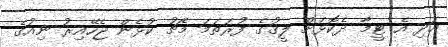
އަދި އެ ޓީމާ ދެކޮޅަށް ލީގުގެ ފުރަތަމަ މެޗު ކުޅެން ޖެހޭއިރު ނިއުގެ